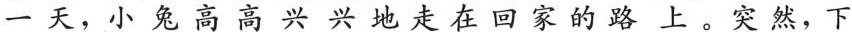
一天，小兔高高兴兴地走在回家的路上。突然，下